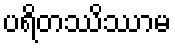
ပရိတဿိဿာမ